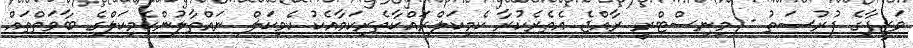
ވަޒީފާގެ ފުރުސަތު - މިނިސްޓްރީ ރާއްޖެ އެތެރެކުރާ ކެމިކަލްރައްކާތެރިކަމާއެކު ކެމިކަލް ނައްތާލުންކެމިކަލްގެ ބާވަތްތައް